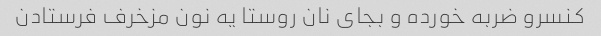
کنسرو ضربه خورده و بجای نان روستا یه نون مزخرف فرستادن